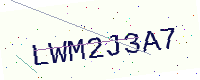
Text: LWM2J3A7